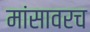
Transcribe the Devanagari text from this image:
मांसावरच